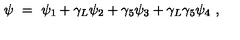
\psi \ = \ \psi _ { 1 } + \gamma _ { L } \psi _ { 2 } + \gamma _ { 5 } \psi _ { 3 } + \gamma _ { L } \gamma _ { 5 } \psi _ { 4 } \ ,